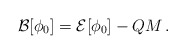
\begin{align*}{\cal B}[\phi_0] = {\cal E}[\phi_0] - QM \,.\end{align*}